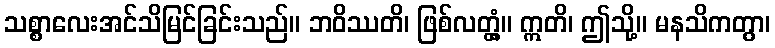
သစ္စာလေးအင်သိမြင်ခြင်းသည်။ ဘဝိဿတိ၊ ဖြစ်လတ္တံ့။ ဣတိ၊ ဤသို့။ မနသိကတွာ၊